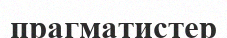
прагматистер